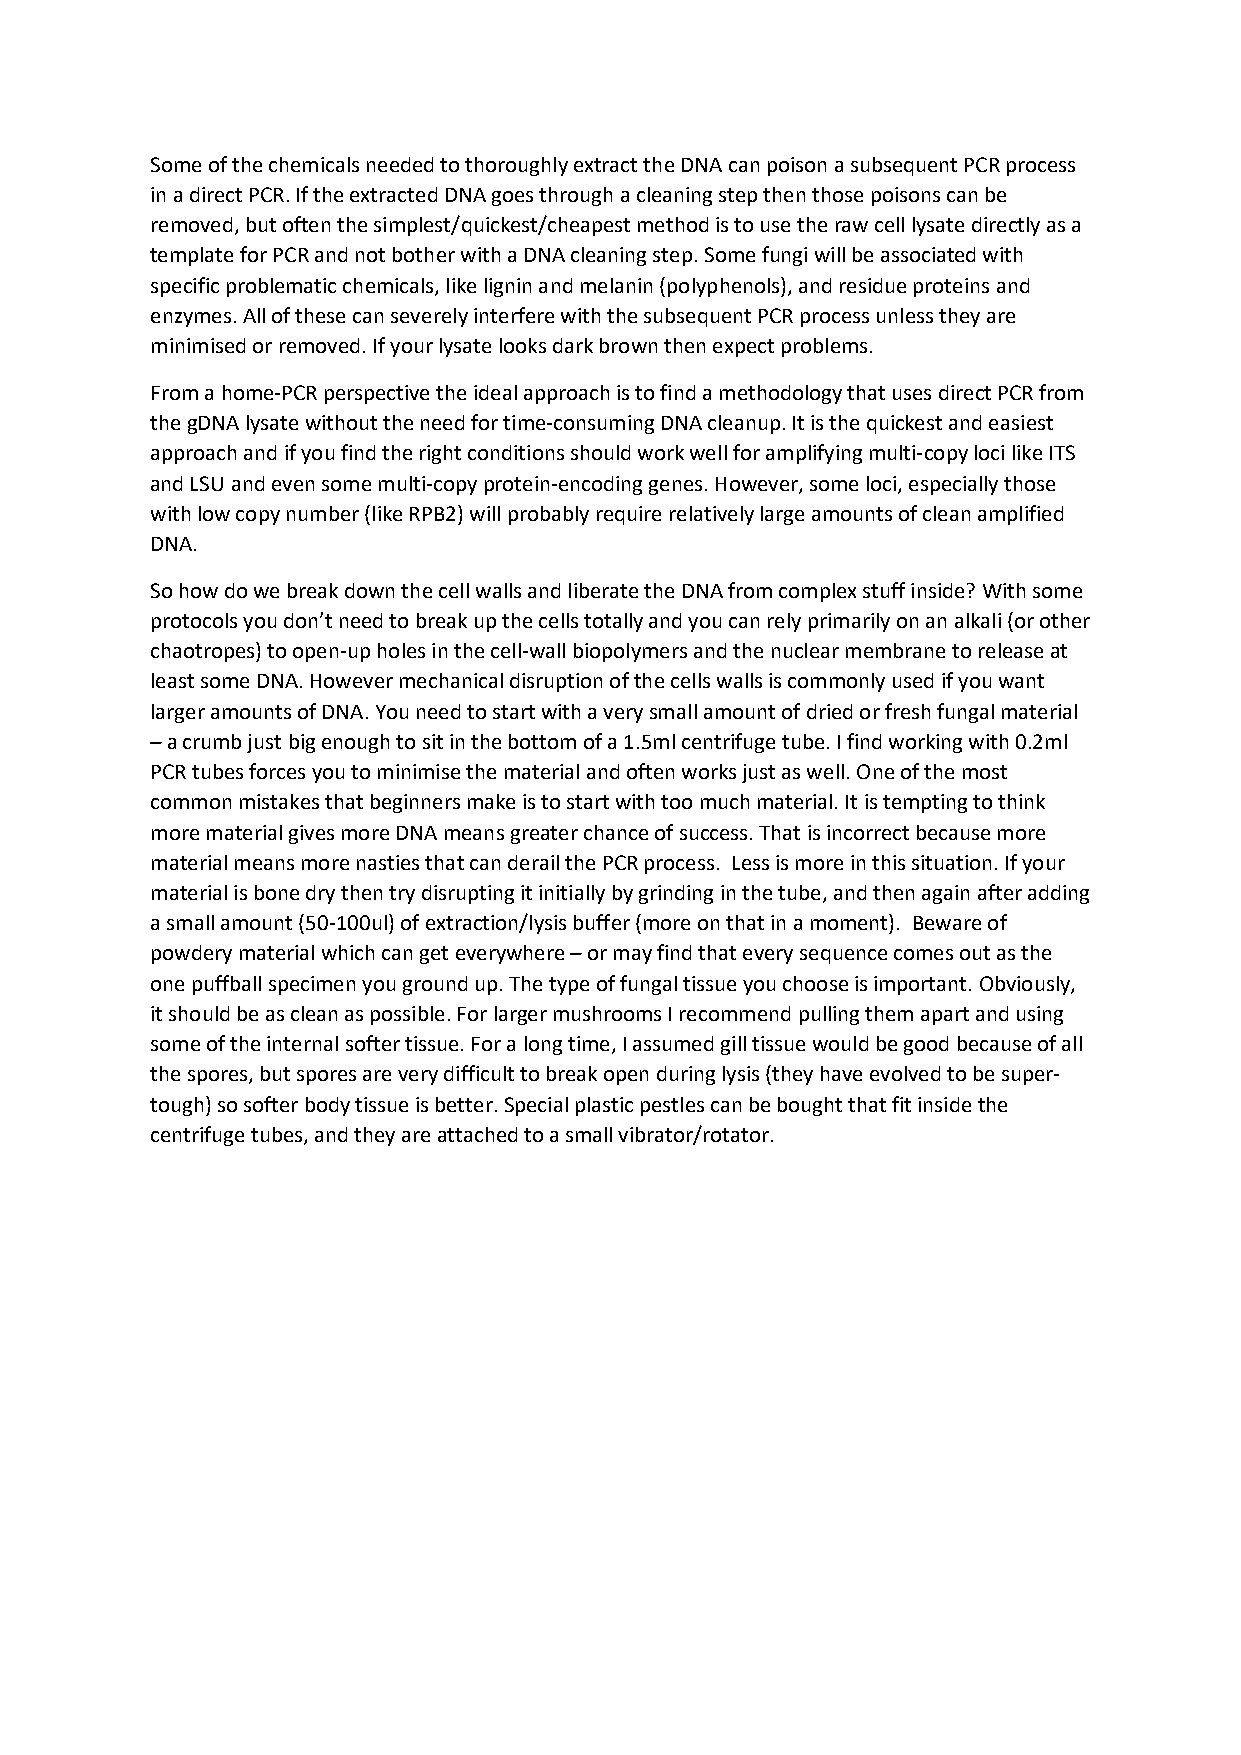
Some of the chemicals needed to thoroughly extract the DNA can poison a subsequent PCR process
 in a direct PCR. If the extracted DNA goes through a cleaning step then those poisons can be
 removed, but often the simplest/quickest/cheapest method is to use the raw cell lysate directly as a
 template for PCR and not bother with a DNA cleaning step. Some fungi will be associated with
 specific problematic chemicals, like lignin and melanin (polyphenols), and residue proteins and
 enzymes. All of these can severely interfere with the subsequent PCR process unless they are
 minimised or removed. If your lysate looks dark brown then expect problems.
 From a home-PCR perspective the ideal approach is to find a methodology that uses direct PCR from
 the gDNA lysate without the need for time-consuming DNA cleanup. It is the quickest and easiest
 approach and if you find the right conditions should work well for amplifying multi-copy loci like ITS
 and LSU and even some multi-copy protein-encoding genes. However, some loci, especially those
 with low copy number (like RPB2) will probably require relatively large amounts of clean amplified
 DNA.
 So how do we break down the cell walls and liberate the DNA from complex stuff inside? With some
 protocols you don’t need to break up the cells totally and you can rely primarily on an alkali (or other
 chaotropes) to open-up holes in the cell-wall biopolymers and the nuclear membrane to release at
 least some DNA. However mechanical disruption of the cells walls is commonly used if you want
 larger amounts of DNA. You need to start with a very small amount of dried or fresh fungal material
 – a crumb just big enough to sit in the bottom of a 1.5ml centrifuge tube. I find working with 0.2ml
 PCR tubes forces you to minimise the material and often works just as well. One of the most
 common mistakes that beginners make is to start with too much material. It is tempting to think
 more material gives more DNA means greater chance of success. That is incorrect because more
 material means more nasties that can derail the PCR process. Less is more in this situation. If your
 material is bone dry then try disrupting it initially by grinding in the tube, and then again after adding
 a small amount (50-100ul) of extraction/lysis buffer (more on that in a moment). Beware of
 powdery material which can get everywhere – or may find that every sequence comes out as the
 one puffball specimen you ground up. The type of fungal tissue you choose is important. Obviously,
 it should be as clean as possible. For larger mushrooms I recommend pulling them apart and using
 some of the internal softer tissue. For a long time, I assumed gill tissue would be good because of all
 the spores, but spores are very difficult to break open during lysis (they have evolved to be super-
 tough) so softer body tissue is better. Special plastic pestles can be bought that fit inside the
 centrifuge tubes, and they are attached to a small vibrator/rotator.